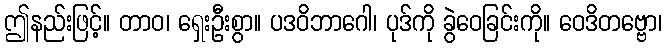
ဤနည်းဖြင့်။ တာဝ၊ ရှေးဦးစွာ။ ပဒဝိဘာဂေါ၊ ပုဒ်ကို ခွဲဝေခြင်းကို။ ဝေဒိတဗ္ဗော၊